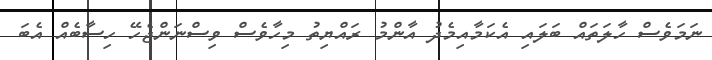
ނަމަވެސް ހާލަތައް ބަލައި އެކަމާއިމެދު އާންމު ރައްޔިތު މިހާވެސް ވިސްނަންޖެހޭ ހިސާބެއް އެބަ